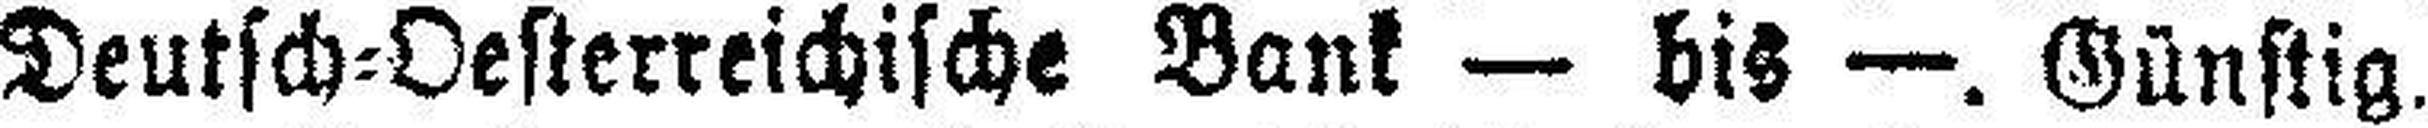
Deutsch=Oesterreichische Bank — bis —. Günstig.